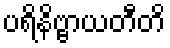
ပရိနိဗ္ဗာယတီတိ